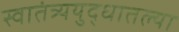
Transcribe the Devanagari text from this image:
स्वातंत्र्ययुद्धातल्या